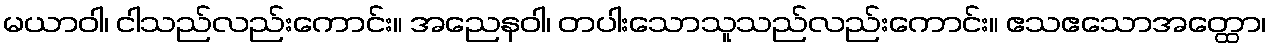
မယာဝါ၊ ငါသည်လည်းကောင်း။ အညေနဝါ၊ တပါးသောသူသည်လည်းကောင်း။ ဧသဧသောအတ္ထော၊